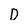
Character: D